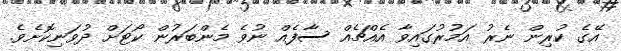
އޭގެ ކުރިން ނެރު އަމުރުގައިވާ އެއްޗެއް ސާފެއް ނުވެ މެންބަރުން ކޯޓަށް ދުވަނިކޮށެވެ.